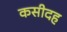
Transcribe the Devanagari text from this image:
कसीदह